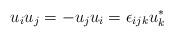
LaTeX: \begin{align*}u_{i} u_{j} = - u_{j} u_{i} = \epsilon_{ijk} u_{k}^{*}\end{align*}